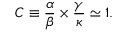
C \equiv \frac { \alpha } { \beta } \times \frac { \gamma } { \kappa } \simeq 1 .